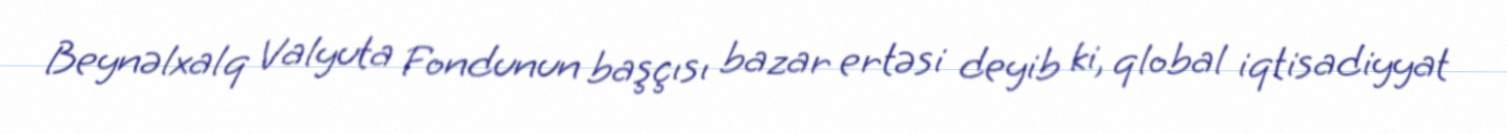
Beynəlxalq Valyuta Fondunun başçısı bazar ertəsi deyib ki, qlobal iqtisadiyyat